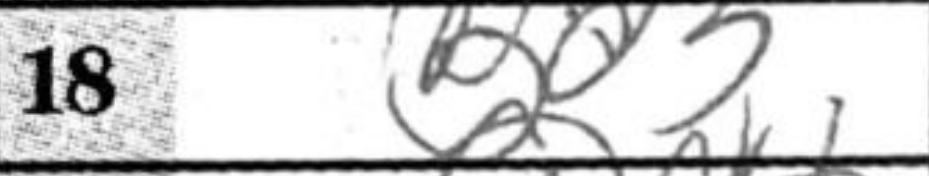
Transcription: Bd3